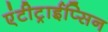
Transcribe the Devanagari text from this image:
एंटीट्राईप्सिन